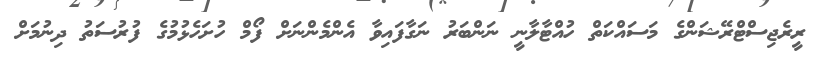
ރީރެޖިސްޓްރޭޝަންގެ މަސައްކަތް ހުއްޓާލާނީ ނަންބަރު ނަގާފައިވާ އެންމެންނަށް ފޯމް ހުށަހެޅުމުގެ ފުރުސަތު ދިނުމަށް